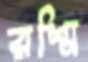
রশ্মি